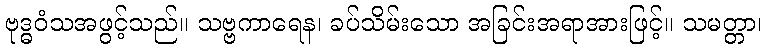
ဗုဒ္ဓဝံသအဖွင့်သည်။ သဗ္ဗကာရေန၊ ခပ်သိမ်းသော အခြင်းအရာအားဖြင့်။ သမတ္တာ၊